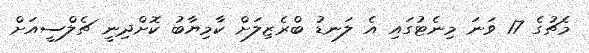
މެޗުގެ 17 ވަނަ މިނެޓުގައި އެ ލަނޑު ބްރެޒިލަށް ކާމިޔާބު ކޮށްދިނީ ޗެލްސީއަށް